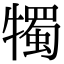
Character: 𤛯